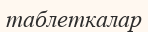
таблеткалар